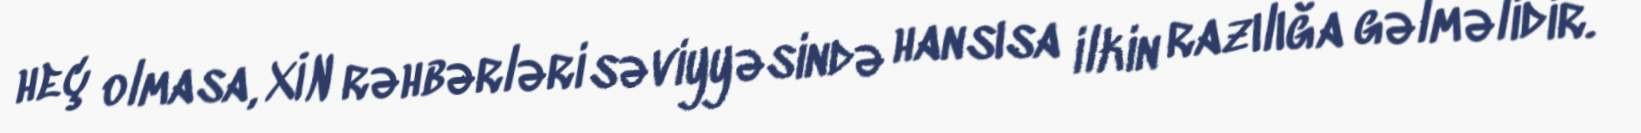
heç olmasa, XİN rəhbərləri səviyyəsində hansısa ilkin razılığa gəlməlidir.